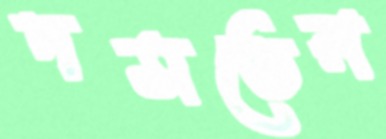
দমতেন